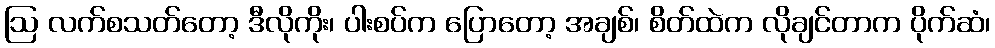
ဩ လက်စသတ်တော့ ဒီလိုကိုး၊ ပါးစပ်က ပြောတော့ အချစ်၊ စိတ်ထဲက လိုချင်တာက ပိုက်ဆံ၊